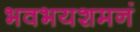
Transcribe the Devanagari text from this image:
भवभयशमनं